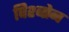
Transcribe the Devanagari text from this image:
विश्बोन